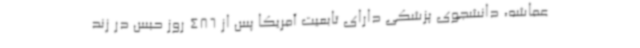
عماشه، دانشجوی پزشکی دارای تابعیت آمریکا پس از 486 روز حبس در زند